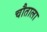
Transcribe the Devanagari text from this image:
चौताला